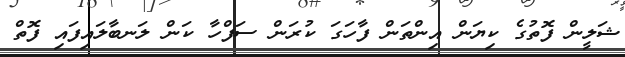
ޝަލީން ފޮތުގެ ކިޔަން އިންތަން ފާހަގަ ކުރަން ސަފްހާ ކަން ލަނބާލައިފައި ފޮތް